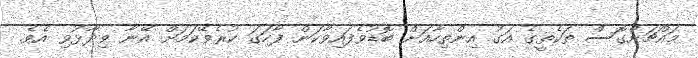
މައްޗަށްގޮސް ތަކެތީގެ އަގު އިންތިހާއަށް ބޮޑުވެފައިވާކަން ފާހަގަ ކުރެވޭކަމަށް އޭނާ ވިދާޅުވި އެވެ.